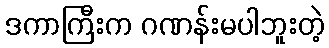
ဒကာကြီးက ဂဏန်းမပါဘူးတဲ့